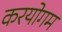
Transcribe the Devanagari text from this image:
करयोगम